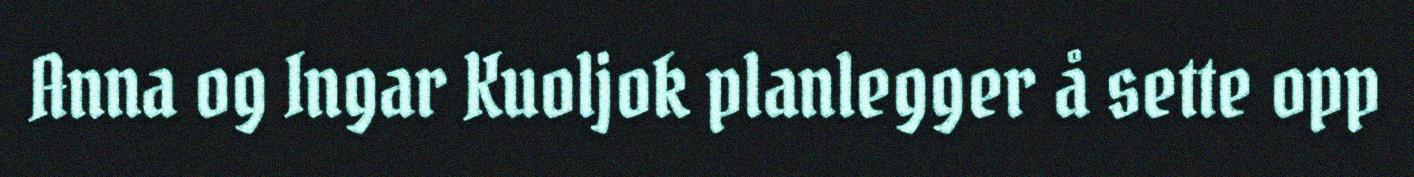
Anna og Ingar Kuoljok planlegger å sette opp